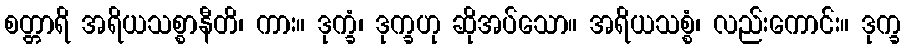
စတ္တာရိ အရိယသစ္စာနီတိ၊ ကား။ ဒုက္ခံ၊ ဒုက္ခဟု ဆိုအပ်သော။ အရိယသစ္စံ၊ လည်းကောင်း။ ဒုက္ခ